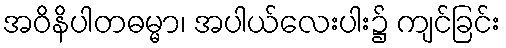
အဝိနိပါတဓမ္မာ၊ အပါယ်လေးပါး၌ ကျင်ခြင်း